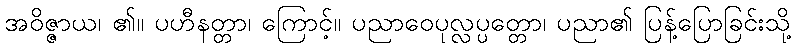
အဝိဇ္ဇာယ၊ ၏။ ပဟီနတ္တာ၊ ကြောင့်။ ပညာဝေပုလ္လပ္ပတ္တော၊ ပညာ၏ ပြန့်ပြောခြင်းသို့